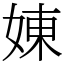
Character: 娻